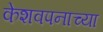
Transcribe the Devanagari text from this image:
केशवपनाच्या